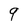
Character: 9